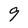
Character: 9